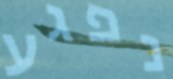
נפגע